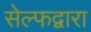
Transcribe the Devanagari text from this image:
सेल्फद्वारा